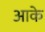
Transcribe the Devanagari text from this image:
अाके